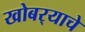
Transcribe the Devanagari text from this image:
खोबर्‍याचे